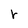
Character: r